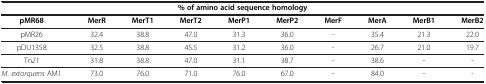
| <COLSPAN=10> % of amino acid sequence homology |
 | pMR68 | MerR | MerT1 | MerT2 | MerP1 | MerP2 | MerF | MerA | MerB1 | MerB2 |
 | --- | --- | --- | --- | --- | --- | --- | --- | --- | --- |
 | pMR26 | 32.4 | 38.8 | 47.0 | 31.3 | 36.0 | - | 35.4 | 21.3 | 22.0 |
 | pDU1358 | 32.5 | 38.8 | 45.5 | 31.2 | 36.0 | - | 26.7 | 21.0 | 19.7 |
 | Tn21 | 31.8 | 38.8 | 47.0 | 31.1 | 38.7 | - | 38.6 | - | - |
 | M. extorquens AM1 | 73.0 | 76.0 | 71.0 | 76.0 | 67.0 | - | 84.0 | - | - |